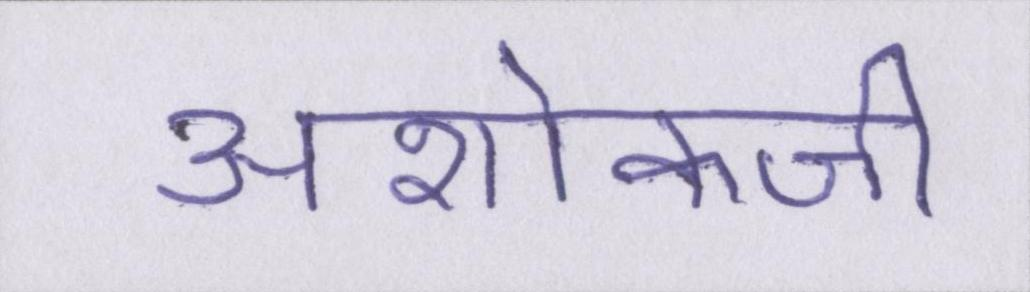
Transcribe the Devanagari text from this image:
अशोकजी